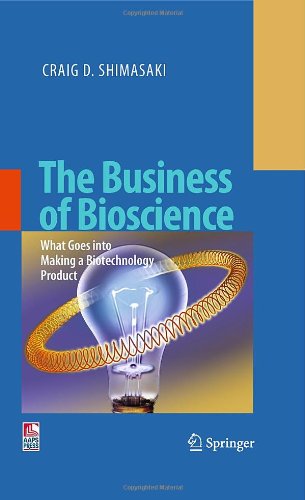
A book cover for The Business of Bioscience: What goes into making a Biotechnology Product; Craig D. Shimasaki; Medical Books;